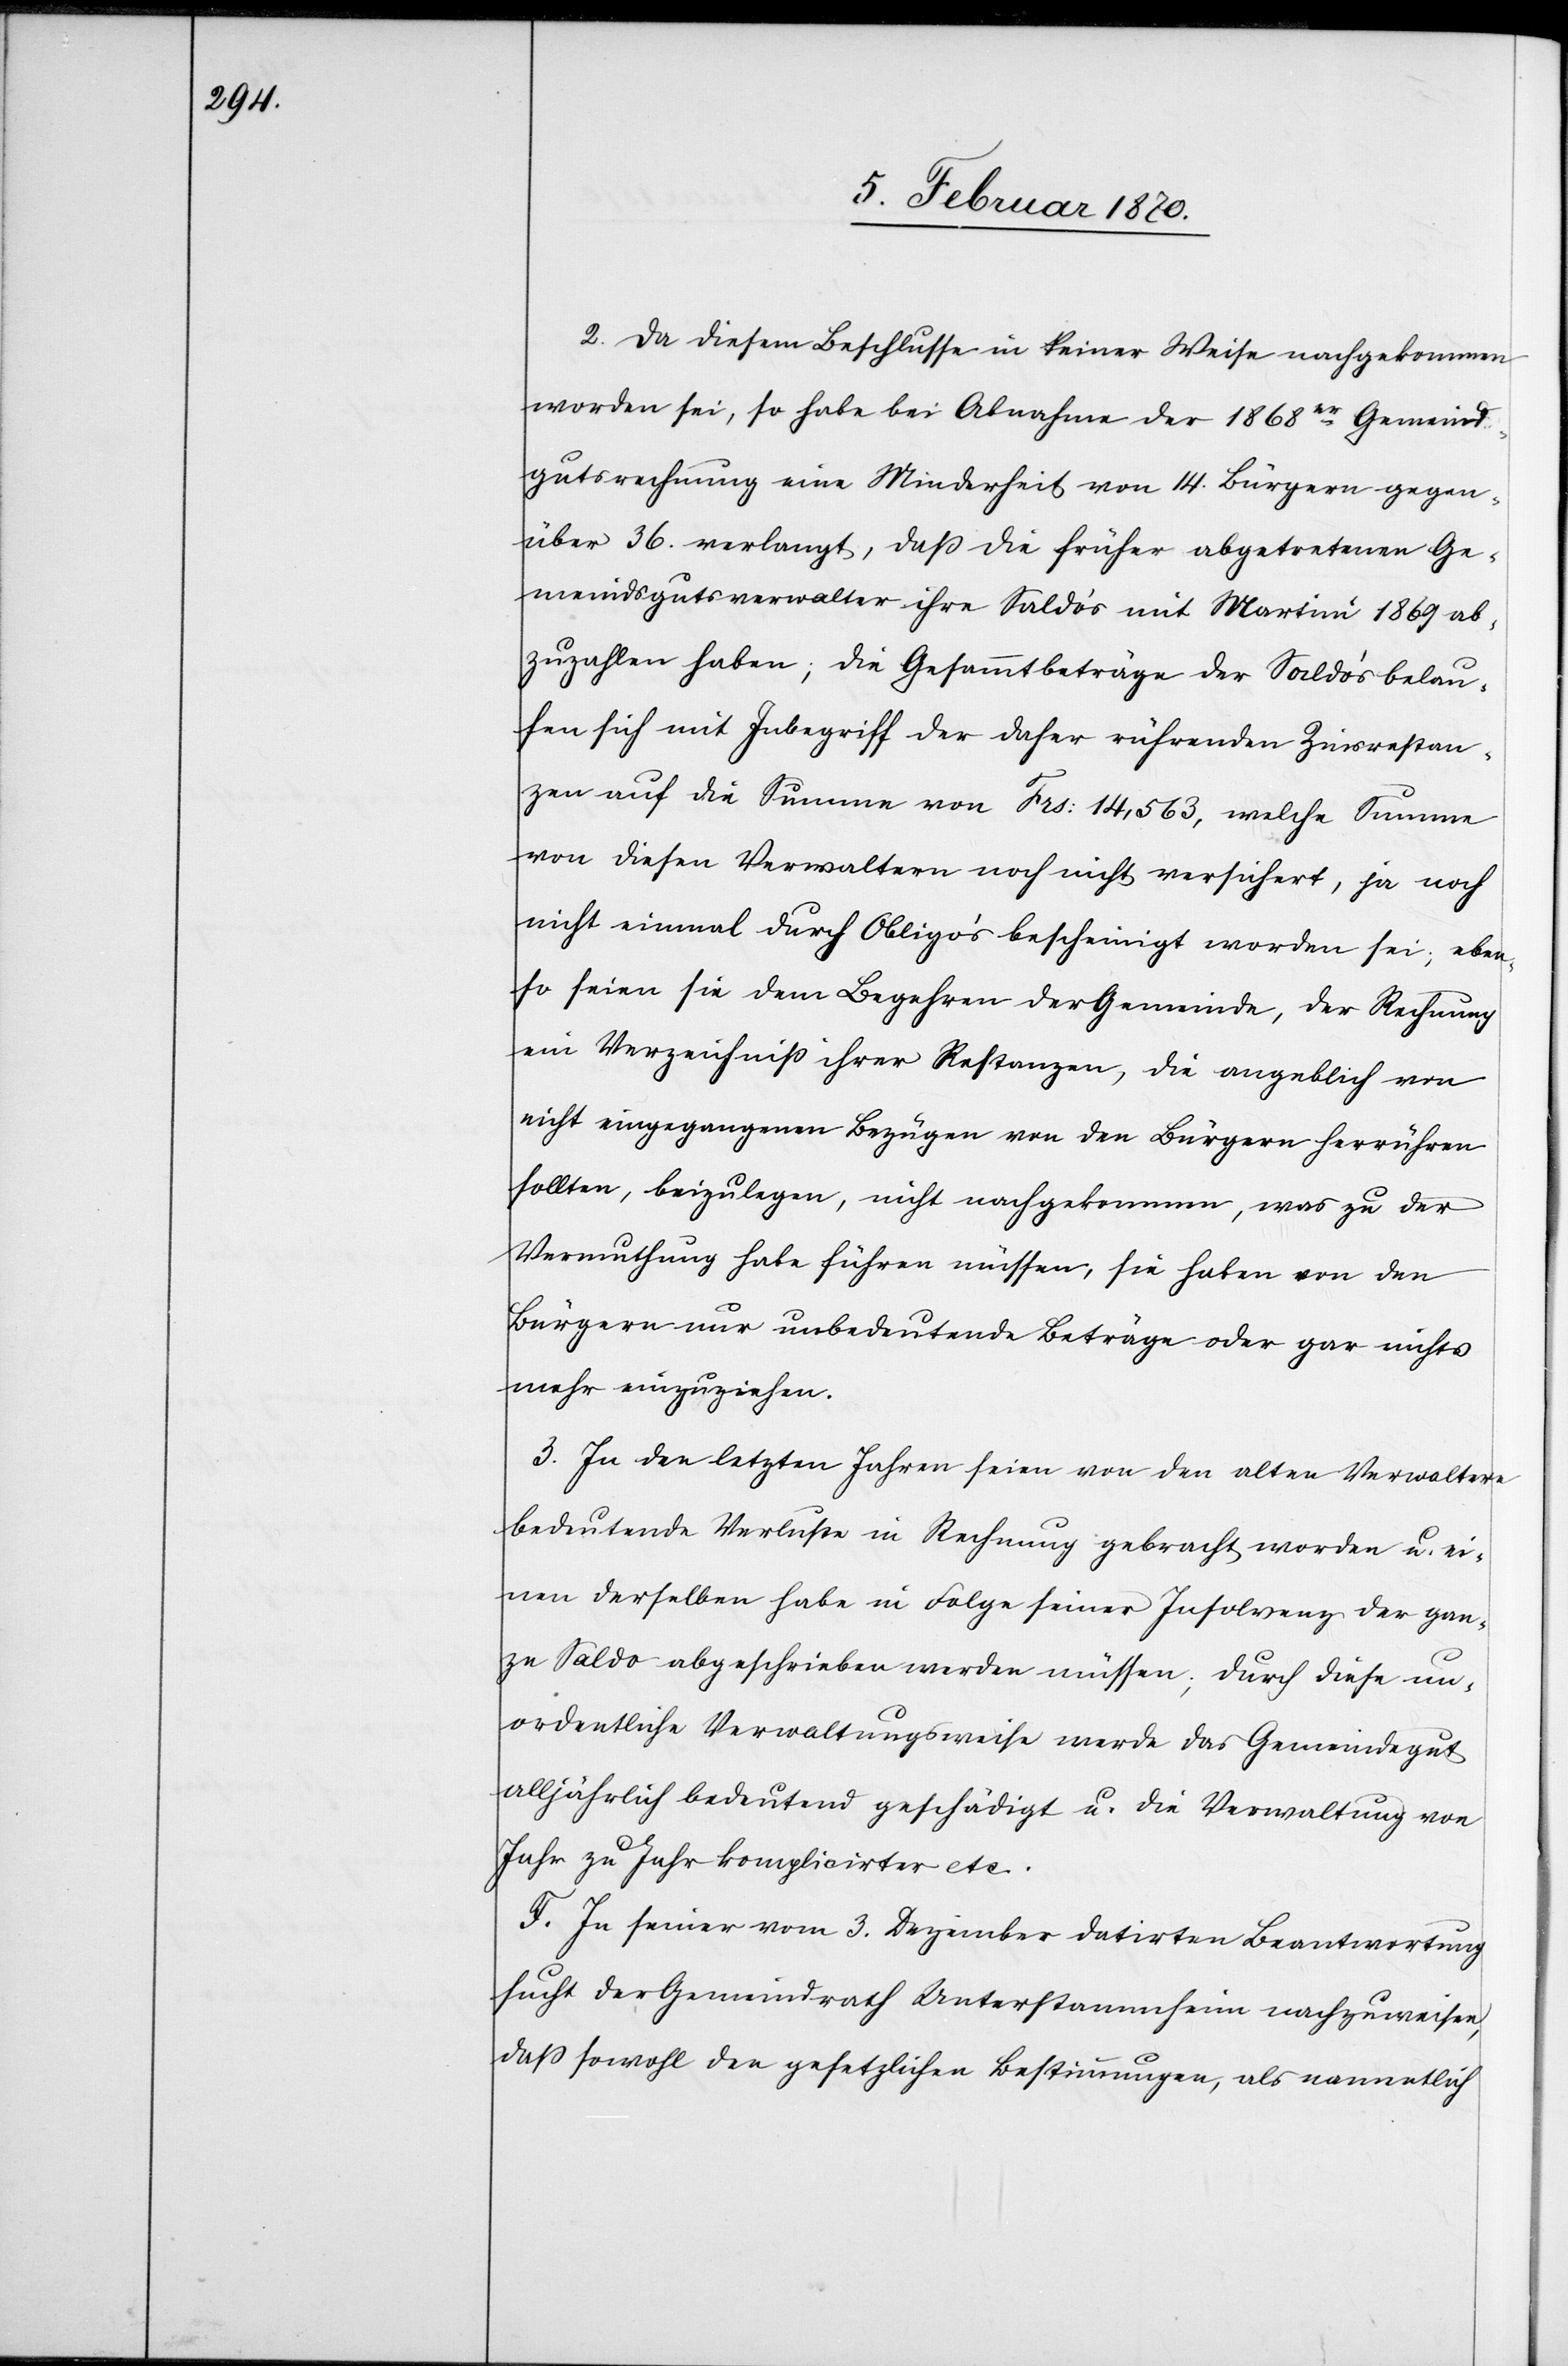
2. Da diesem Beschlusse in keiner Weise nachgekommen
worden sei, so habe bei Abnahme der 1868er Gemeind¬
gutsrechnung eine Minderheit von 14. Bürgern gegen¬
über 36. verlangt, daß die früher abgetretenen Ge¬
meindsgutsverwalter ihre Saldoʼs mit Martini 1869 ab¬
zuzahlen haben; die Gesammtbeträge der Saldoʼs belau¬
fen sich mit Inbegriff der daher rührenden Zinsrestan¬
zen auf die Summe von Frs: 14,563, welche Summe
von diesen Verwaltern noch nicht versichert, ja noch
nicht einmal durch Obligoʼs bescheinigt worden sei; eben¬
so seien sie dem Begehren der Gemeinde, der Rechnung
ein Verzeichniss ihrer Restanzen, die angeblich von
nicht eingegangenen Bezügen von den Bürgern herrühren
sollten, beizulegen, nicht nachgekommen, was zu der
Vermuthung habe führen müssen, sie haben von den
Bürgern nur unbedeutende Beträge oder gar nichts
mehr einzuziehen.
3. In den letzten Jahren seien von den alten Verwaltern
bedeutende Verluste in Rechnung gebracht worden u. ei¬
nen derselben habe in Folge seiner Insolvenz der gan¬
ze Saldo abgeschrieben werden müssen; durch diese un¬
ordentliche Verwaltungsweise werde das Gemeindegut
alljährlich bedeutend geschädigt u. die Verwaltung von
Jahr zu Jahr komplicirter etc.
F. In seiner vom 3. Dezember datirten Beantwortung
sucht der Gemeindrath Unterstammheim nachzuweisen,
dass sowohl den gesetzlichen Bestimmungen, als namentlich